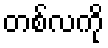
တစ်လကို